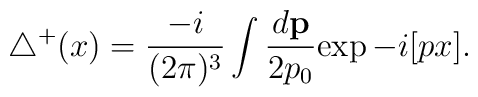
{\triangle}^{+}(x)=\frac{-i}{(2\pi)^{3}}\int\frac{d{\bf p}}{2p_0}{\exp-i[px]}.